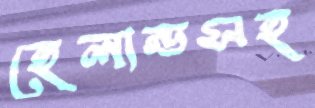
হেলান্ডসহ